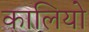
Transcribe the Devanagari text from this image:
कालियो